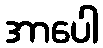
အာပေါ